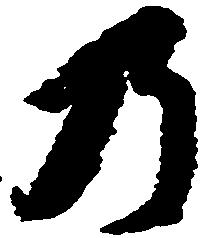
乃